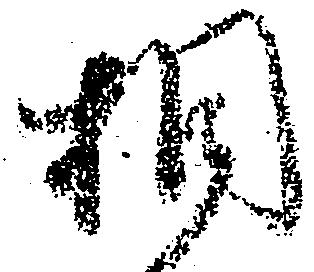
相